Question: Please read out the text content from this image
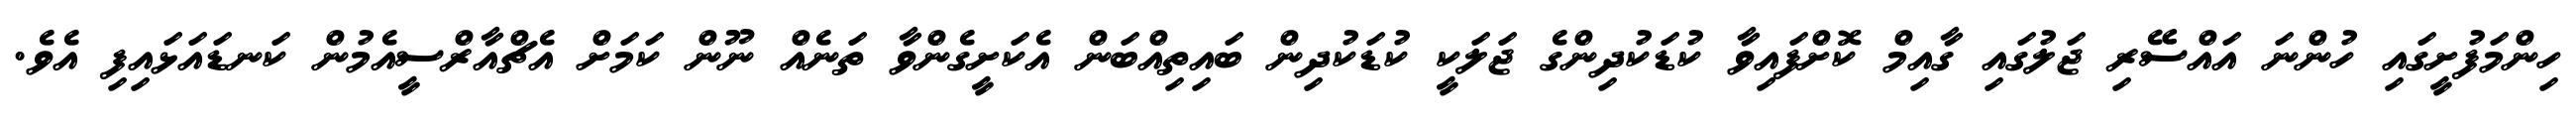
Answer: ހިންމަފުށީގައި ހުންނަ އައްސޭރި ޖަލުގައި ގާއިމް ކޮށްފައިވާ ކުޑަކުދިންގެ ޖަލަކީ ކުޑަކުދިން ބައިތިއްބަން އެކަށީގެންވާ ތަނެއް ނޫން ކަމަށް އެޗްއާރްސީއެމުން ކަނޑައަޅައިފި އެވެ.